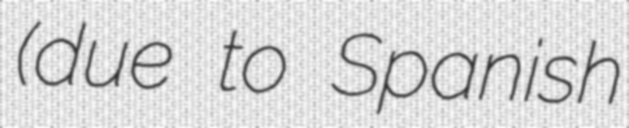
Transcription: (due to Spanish